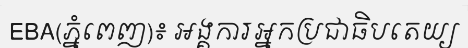
EBA(ភ្នំពេញ)៖ អង្គការអ្នកប្រជាធិបតេយ្យ